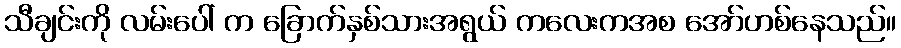
သီချင်းကို လမ်းပေါ် က ခြောက်နှစ်သားအရွယ် ကလေးကအစ အော်ဟစ်နေသည်။